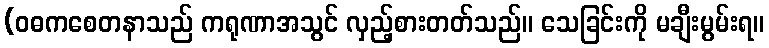
(ဝဓကစေတနာသည် ကရုဏာအသွင် လှည့်စားတတ်သည်။ သေခြင်းကို မချီးမွမ်းရ။